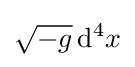
{\sqrt {-g}}\,\mathrm {d} ^{4}x